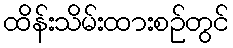
ထိန်းသိမ်းထားစဉ်တွင်